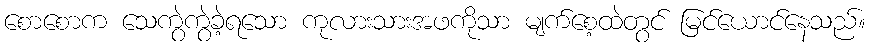
စောစောက သေကွဲကွဲခဲ့ရသော ကုလားသားအဖကိုသာ မျက်စေ့ထဲတွင် မြင်ယောင်နေသည်။